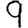
Digit: 9